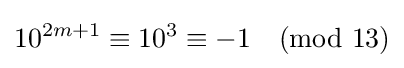
10^{2m+1}\equiv 10^{3}\equiv -1{\pmod {13}}